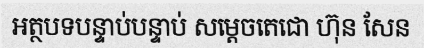
អត្ថបទបន្ទាប់បន្ទាប់ សម្តេចតេជោ ហ៊ុន សែន